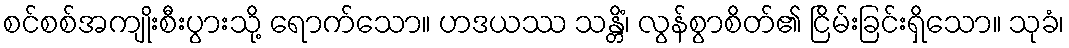
စင်စစ်အကျိုးစီးပွားသို့ ရောက်သော။ ဟဒယဿ သန္တိံ၊ လွန်စွာစိတ်၏ ငြိမ်းခြင်းရှိသော။ သုခံ၊